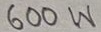
Text: 600W